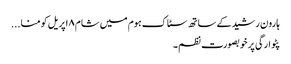
ہارون رشید کے ساتھ سٹاک ہوم میں شام ۸ اپریل کو منا...
پٹوارگی پر خوبصورت نظم۔